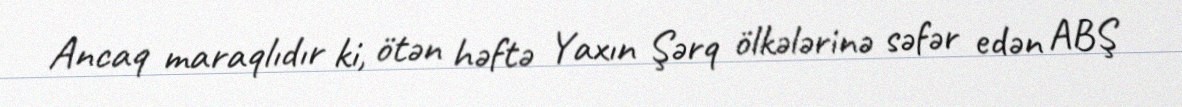
Ancaq maraqlıdır ki, ötən həftə Yaxın Şərq ölkələrinə səfər edən ABŞ